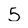
Character: 5